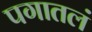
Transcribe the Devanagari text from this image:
पगातलं